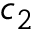
c _ { 2 }